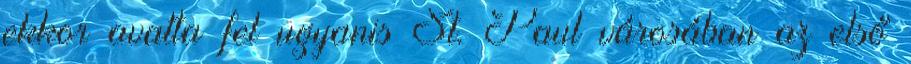
ekkor avatta fel ugyanis St. Paul városában az első